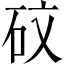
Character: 砇